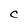
Character: C